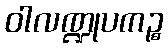
ဝါလဏ္ဍုပကဉ္စ